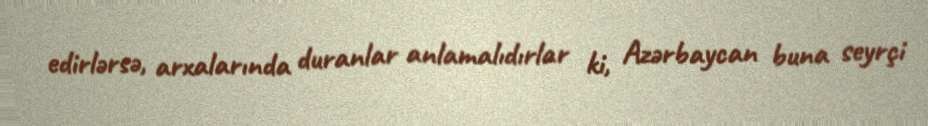
edirlərsə, arxalarında duranlar anlamalıdırlar ki, Azərbaycan buna seyrçi